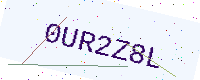
Text: 0UR2Z8L